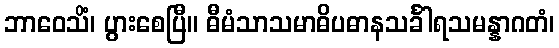
ဘာဝေသိံ၊ ပွားစေပြီ။ ဓီမံသာသမာဓိပဓာနသင်္ခါရသမန္နာဂတံ၊